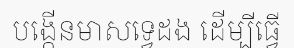
បង្កើនមាសទ្វេដង ដើម្បីធ្វើ